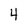
Character: 4